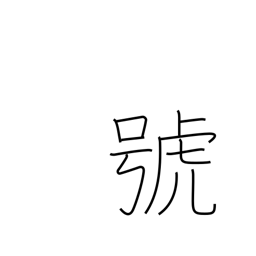
Meaning: symbol